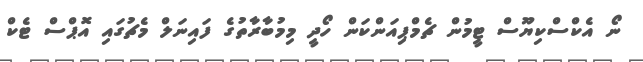
ނޯ އެކްސްކިޔޫސް ޓީމުން ޗެމްޕިއަންކަން ހޯދީ މިމުބާރާތުގެ ފައިނަލް މެޗުގައި އޮޕްސް ޓެކް